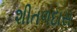
શીતળદાસ